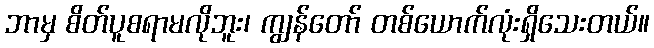
ဘာမှ စိတ်ပူစရာမလိုဘူး၊ ကျွန်တော် တစ်ယောက်လုံးရှိသေးတယ်။